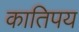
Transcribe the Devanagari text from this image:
कातिपय